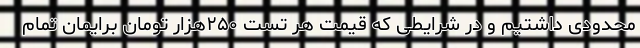
محدودی داشتیم و در شرایطی که قیمت هر تست ۲۵۰هزار تومان برایمان تمام